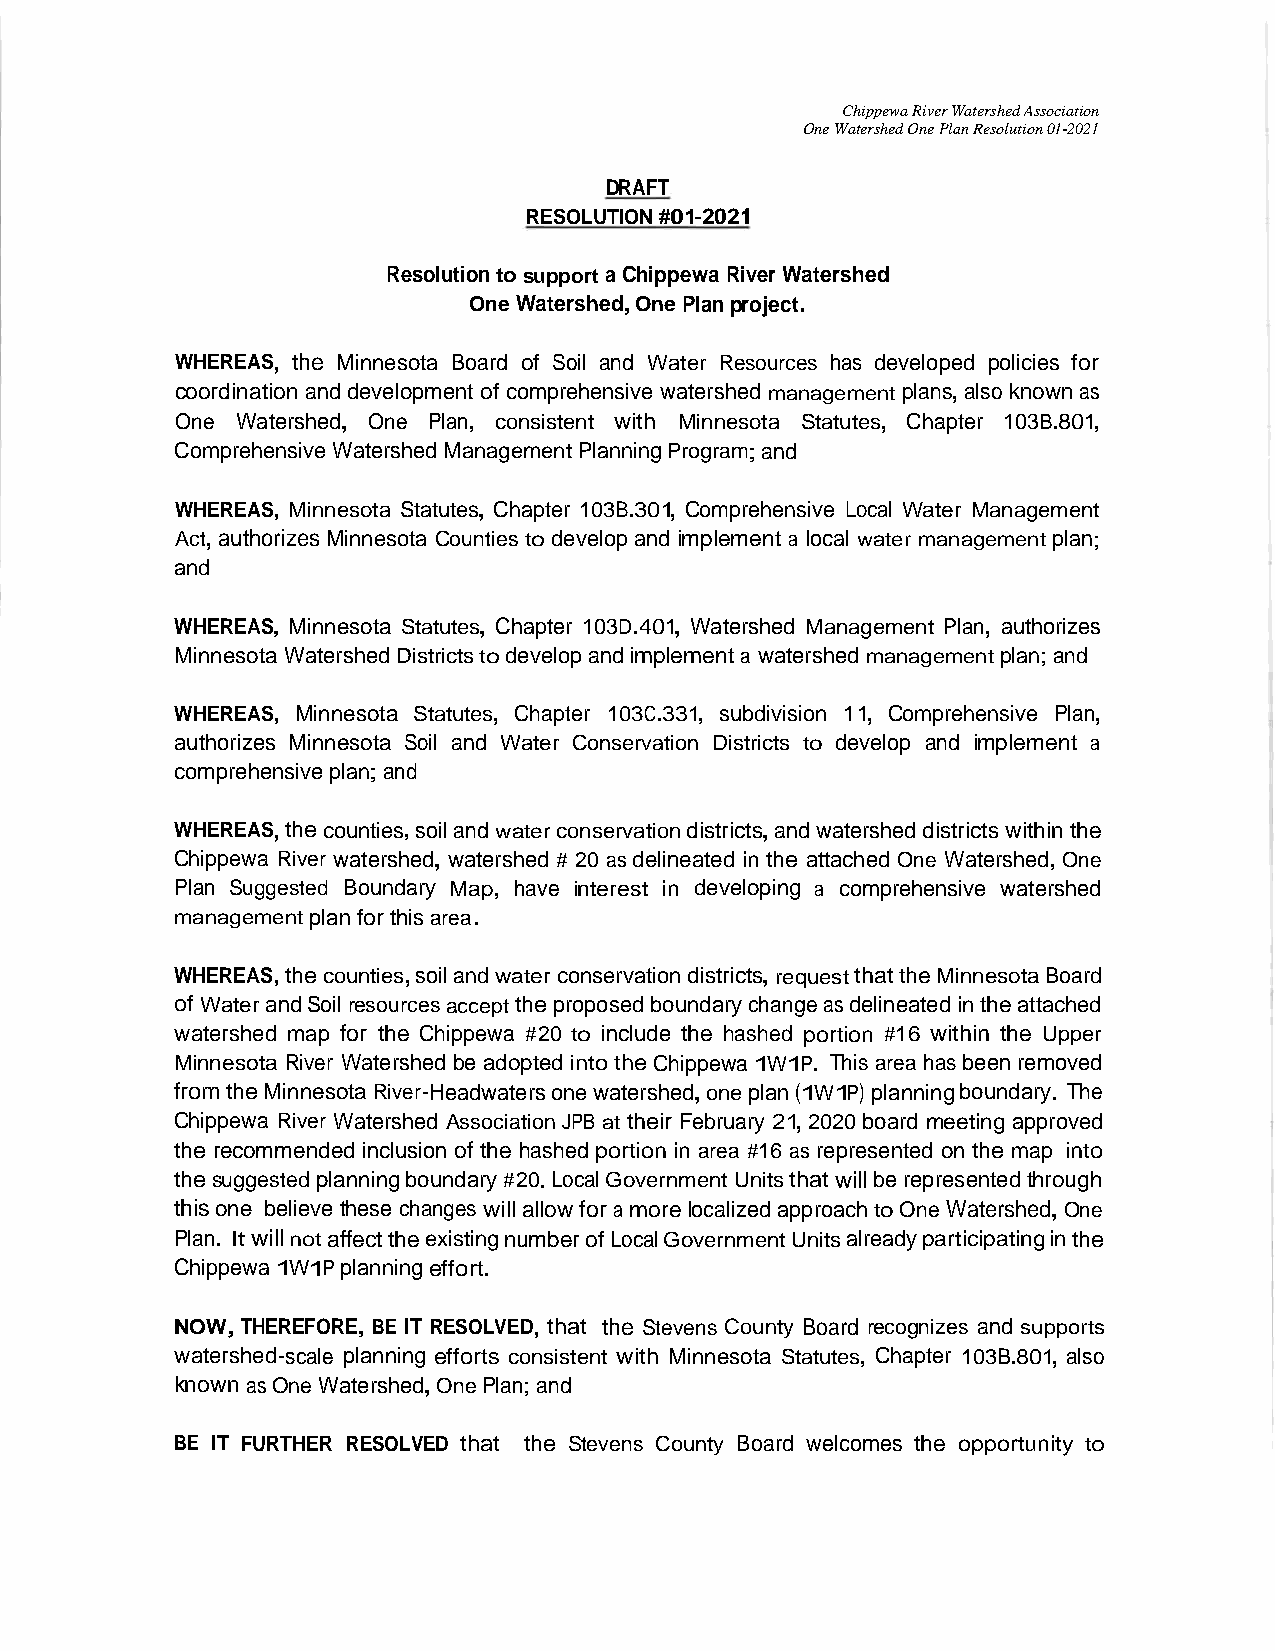
ChippewaRiverWatershedAssociation
 OneWatershedOnePlanResolution01-2021
 DRAFT
 RESOLUTION#01-2021
 ResolutiontosupportaChippewaRiverWatershed
 OneWatershed,OnePlanproject.
 WHEREAS, the Minnesota Board of Soil and Water Resources has developed policies for
 coordinationanddevelopment of comprehensive watershed management plans,also knownas
 One Watershed, One Plan, consistent with Minnesota Statutes, Chapter 103B.801,
 Comprehensive Watershed ManagementPlanningProgram;and
 WHEREAS, Minnesota Statutes, Chapter 103B. 301, Comprehensive Local Water Management
 Act,authorizesMinnesota Countiestodevelop and implement a local water management plan;
 and
 WHEREAS, Minnesota Statutes, Chapter 103D. 401, Watershed Management Plan, authorizes
 Minnesota WatershedDistrictstodevelopandimplementa watershedmanagementplan;and
 WHEREAS, Minnesota Statutes, Chapter 103C. 331, subdivision 11, Comprehensive Plan,
 authorizes Minnesota Soil and Water Conservation Districts to develop and implement a
 comprehensiveplan;and
 WHEREAS,thecounties,soiland waterconservationdistricts,and watersheddistrictswithinthe
 Chippewa River watershed,watershed # 20 asdelineated inthe attached One Watershed,One
 Plan Suggested Boundary Map, have interest in developing a comprehensive watershed
 managementplanforthisarea.
 WHEREAS,thecounties,soiland waterconservationdistricts,requestthattheMinnesotaBoard
 of WaterandSoilresourcesaccepttheproposedboundarychangeasdelineatedintheattached
 watershed map for the Chippewa #20 to include the hashed portion #16 within the Upper
 Minnesota River Watershed be adoptedintotheChippewa1W1P. Thisarea hasbeenremoved
 fromtheMinnesotaRiver-Headwatersonewatershed,oneplan(1W1P)planningboundary. The
 Chippewa River Watershed AssociationJPB at their February 21,2020board meetingapproved
 the recommended inclusion of the hashed portion in area #16 as represented onthe map into
 thesuggestedplanningboundary#20.LocalGovernmentUnitsthatwillberepresentedthrough
 thisone believethese changeswillallowfor a morelocalizedapproachtoOne Watershed,One
 Plan. ItwillnotaffecttheexistingnumberofLocalGovernmentUnitsalreadyparticipatinginthe
 Chippewa1W1Pplanningeffort.
 NOW,THEREFORE, BE IT RESOLVED, that the Stevens County Board recognizes and supports
 watershed-scale planning efforts consistent with Minnesota Statutes, Chapter 103B. 801, also
 knownasOneWatershed,OnePlan;and
 BE IT FURTHER RESOLVED that the Stevens County Board welcomes the opportunity to